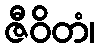
ဇီဝိတံ၊